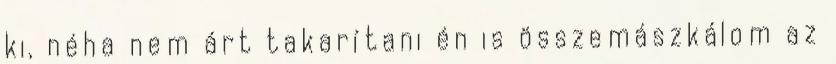
ki, néha nem árt takarítani én is összemászkálom az